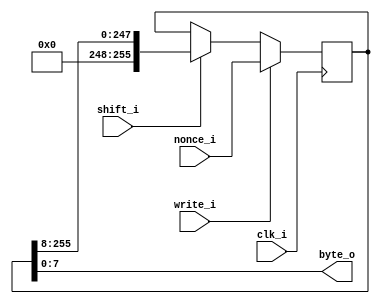
module transmitter_buffer (
  input clk_i,
  input [255:0] nonce_i,
  input shift_i,
  input write_i,
  output [7:0] byte_o
);

reg [255:0] nonce_d, nonce_q;

assign byte_o[7:0] = nonce_q[7:0];

always @(*) begin
  if (write_i)
    nonce_d = nonce_i;
  else if (shift_i)
    nonce_d = {8'd0, nonce_q[255:8]}; // LSB First
  else
    nonce_d = nonce_q;
end

always @(posedge clk_i) begin
  nonce_q <= nonce_d;
end

endmodule